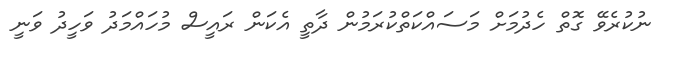
ނުކުރެވޭ ގޮތް ހެދުމަށް މަސައްކަތްކުރަމުން ދާތީ އެކަން ރައީސް މުހައްމަދު ވަހީދު ވަނީ